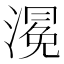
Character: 𭲀